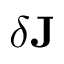
\delta \mathbf { J }